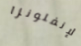
الإنفلونزا